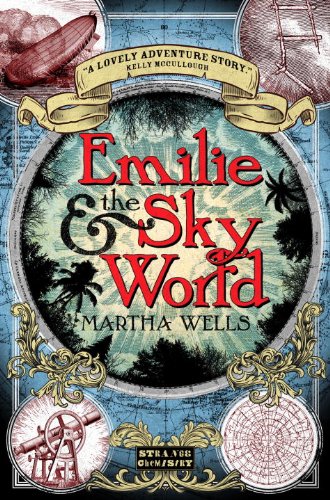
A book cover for Emilie and the Sky World (Strange Chemistry); Martha Wells; Teen & Young Adult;